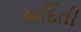
અદિતી